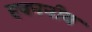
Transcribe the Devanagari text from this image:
हवननीय